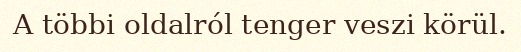
A többi oldalról tenger veszi körül.